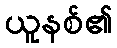
ယူနစ်၏